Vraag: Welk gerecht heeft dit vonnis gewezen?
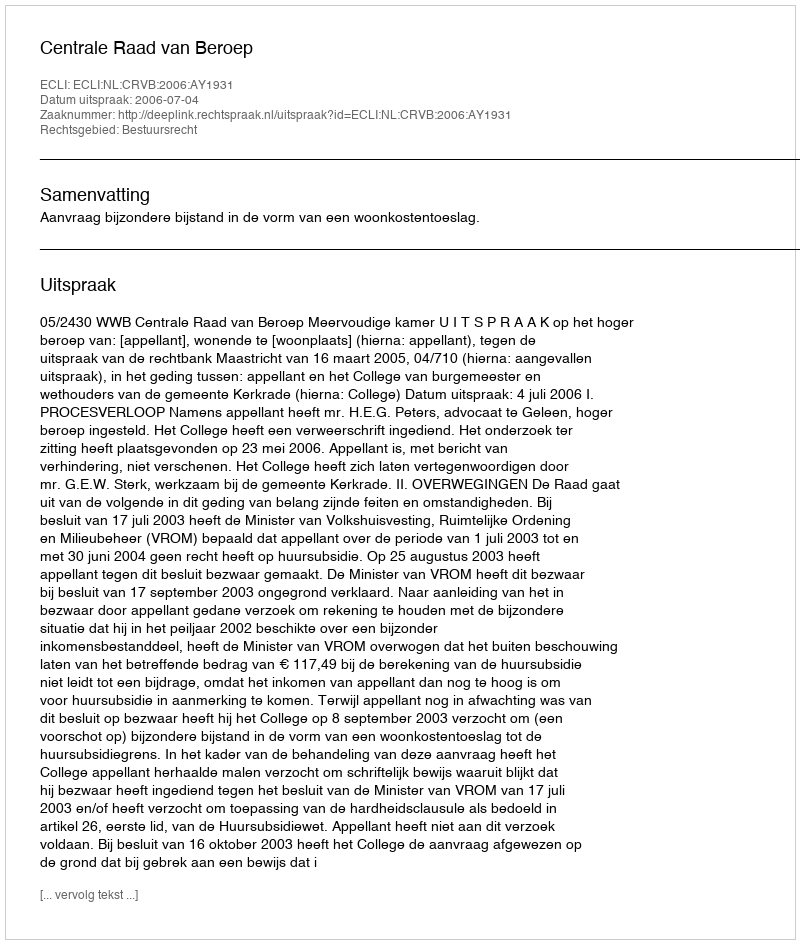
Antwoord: Centrale Raad van Beroep